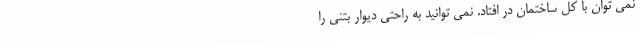
نمی توان با کل ساختمان در افتاد. نمی توانید به راحتی دیوار بتنی را